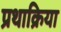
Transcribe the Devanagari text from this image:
प्रथाक्रिया